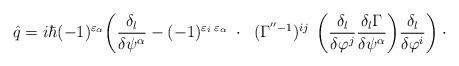
LaTeX: \begin{align*}\hat{q}=i\hbar(-1)^{\varepsilon_\alpha}\bigg( \frac{\delta_l}{\delta\psi^\alpha}- (-1)^{\varepsilon_i\;\varepsilon_\alpha}\;\cdot\;\; (\Gamma^{''-1})^{ij}\;\, \bigg(\frac{\delta_l}{\delta\varphi^j} \frac{\delta_l\Gamma}{\delta\psi^\alpha}\bigg) \frac{\delta_l}{\delta\varphi^i}\bigg)\cdot \rule{2.1cm}{0cm}\end{align*}